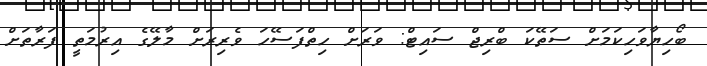
ބޯހިޔާވަހިކަމަށް ސަތޭކަ ބްރިޖް ސައިޓް: ވަރަށް ހިތްފަސޭހަ ވެރިރަށް މާލޭގެ އިރުމަތީ ފަރާތަށް